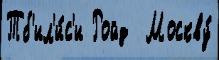
Тб'ил'и́с'и Ройд  Москву́